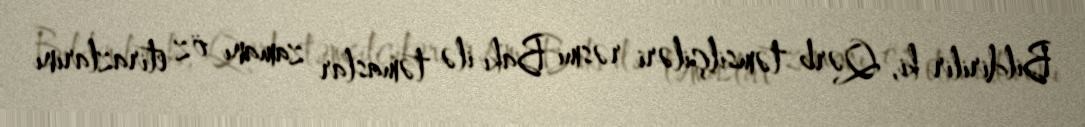
Bildirilir ki, Qərb təmsilçiləri rəsmi Bakı ilə təmaslar zamanı öz etirazlarını